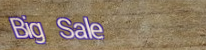
Big Sale